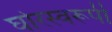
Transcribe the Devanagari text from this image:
घोरस्वरूपी